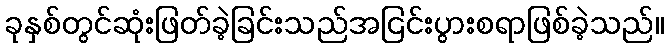
ခုနှစ်တွင်ဆုံးဖြတ်ခဲ့ခြင်းသည်အငြင်းပွားစရာဖြစ်ခဲ့သည်။